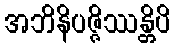
အဘိနိပဇ္ဇိဿန္တိပိ